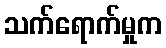
သက်ရောက်မှုက